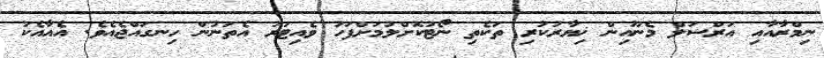
ނިމްރާއާއި އަރްސަލް މެނޫއިން ޚިޔާރުކުރި ތަކެތި ނޯޓުކޮށްލުމަށްފަހު ވެއިޓަރު އެތަނުން ހިނގައްޖެއެވެ. އެއާއެކު